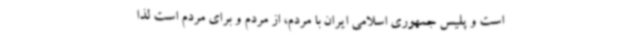
است و پلیس جمهوری اسلامی ایران با مردم، از مردم و برای مردم است لذا